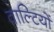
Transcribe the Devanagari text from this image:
वाल्टियों